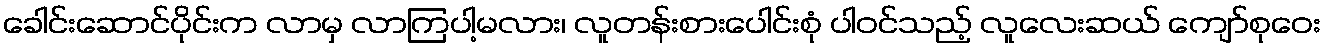
ခေါင်းဆောင်ပိုင်းက လာမှ လာကြပါ့မလား၊ လူတန်းစားပေါင်းစုံ ပါဝင်သည့် လူလေးဆယ် ကျော်စုဝေး